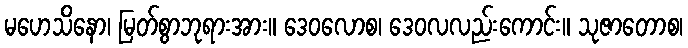
မဟေသိနော၊ မြတ်စွာဘုရားအား။ ဒေဝလောစ၊ ဒေဝလလည်းကောင်း။ သုဇာတောစ၊